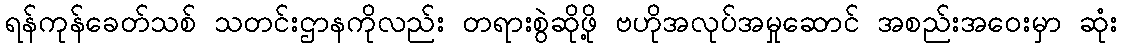
ရန်ကုန်ခေတ်သစ် သတင်းဌာနကိုလည်း တရားစွဲဆိုဖို့ ဗဟိုအလုပ်အမှုဆောင် အစည်းအဝေးမှာ ဆုံး